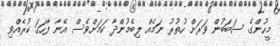
މީހުންގެ ސަބަބުން ވަރަށް ހުތުރު ނަމެއް ލިބެމުންދާ ކަމަށްވެސް އޭނާ ފާހަގަ ކުރެއްވި